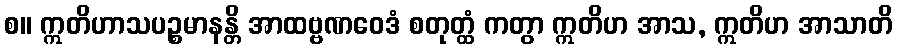
စ။ ဣတိဟာသပဉ္စမာနန္တိ အာထဗ္ဗဏဝေဒံ စတုတ္ထံ ကတွာ ဣတိဟ အာသ, ဣတိဟ အာသာတိ